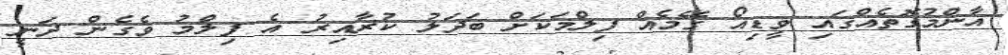
އާންމުގޮތެއްގައި ވީޑިއޯ ގޭމެއް ފިލްމަކަށް ބަދަލު ކުރާއިރު އެ ފިލްމު ވެގެން ދަނީ